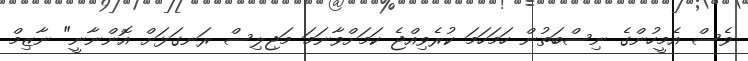
ވެސް އެމީހުންގެ ނިސްބަތުން ހަމަހަމަ ކުރެވިއްޖެ ކަމަށްވާނަމަ މަޖިލިސް ރަނގަޅަށް އޮންނާނީ" ނާޒިމް